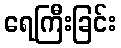
ရေကြီးခြင်း